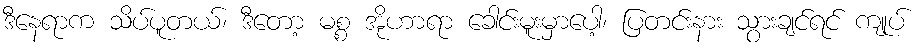
ဒီနေရာက သိပ်ပူတယ်၊ ဒီတော့ မစ္စ အိုဟာရာ ခေါင်းမူးမှာပေါ့၊ ပြတင်းနား သွားချင်ရင် ကျုပ်